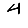
Digit: 4